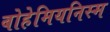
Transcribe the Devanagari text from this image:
बोहेमियनिस्म